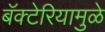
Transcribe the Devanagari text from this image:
बॅक्टेरियामुळे